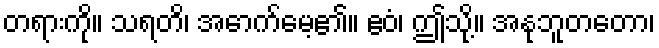
တရားကို။ သရတိ၊ အောက်မေ့၏။ ဧဝံ၊ ဤသို့။ အနုဘူတတော၊